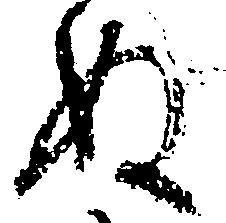
ぬ